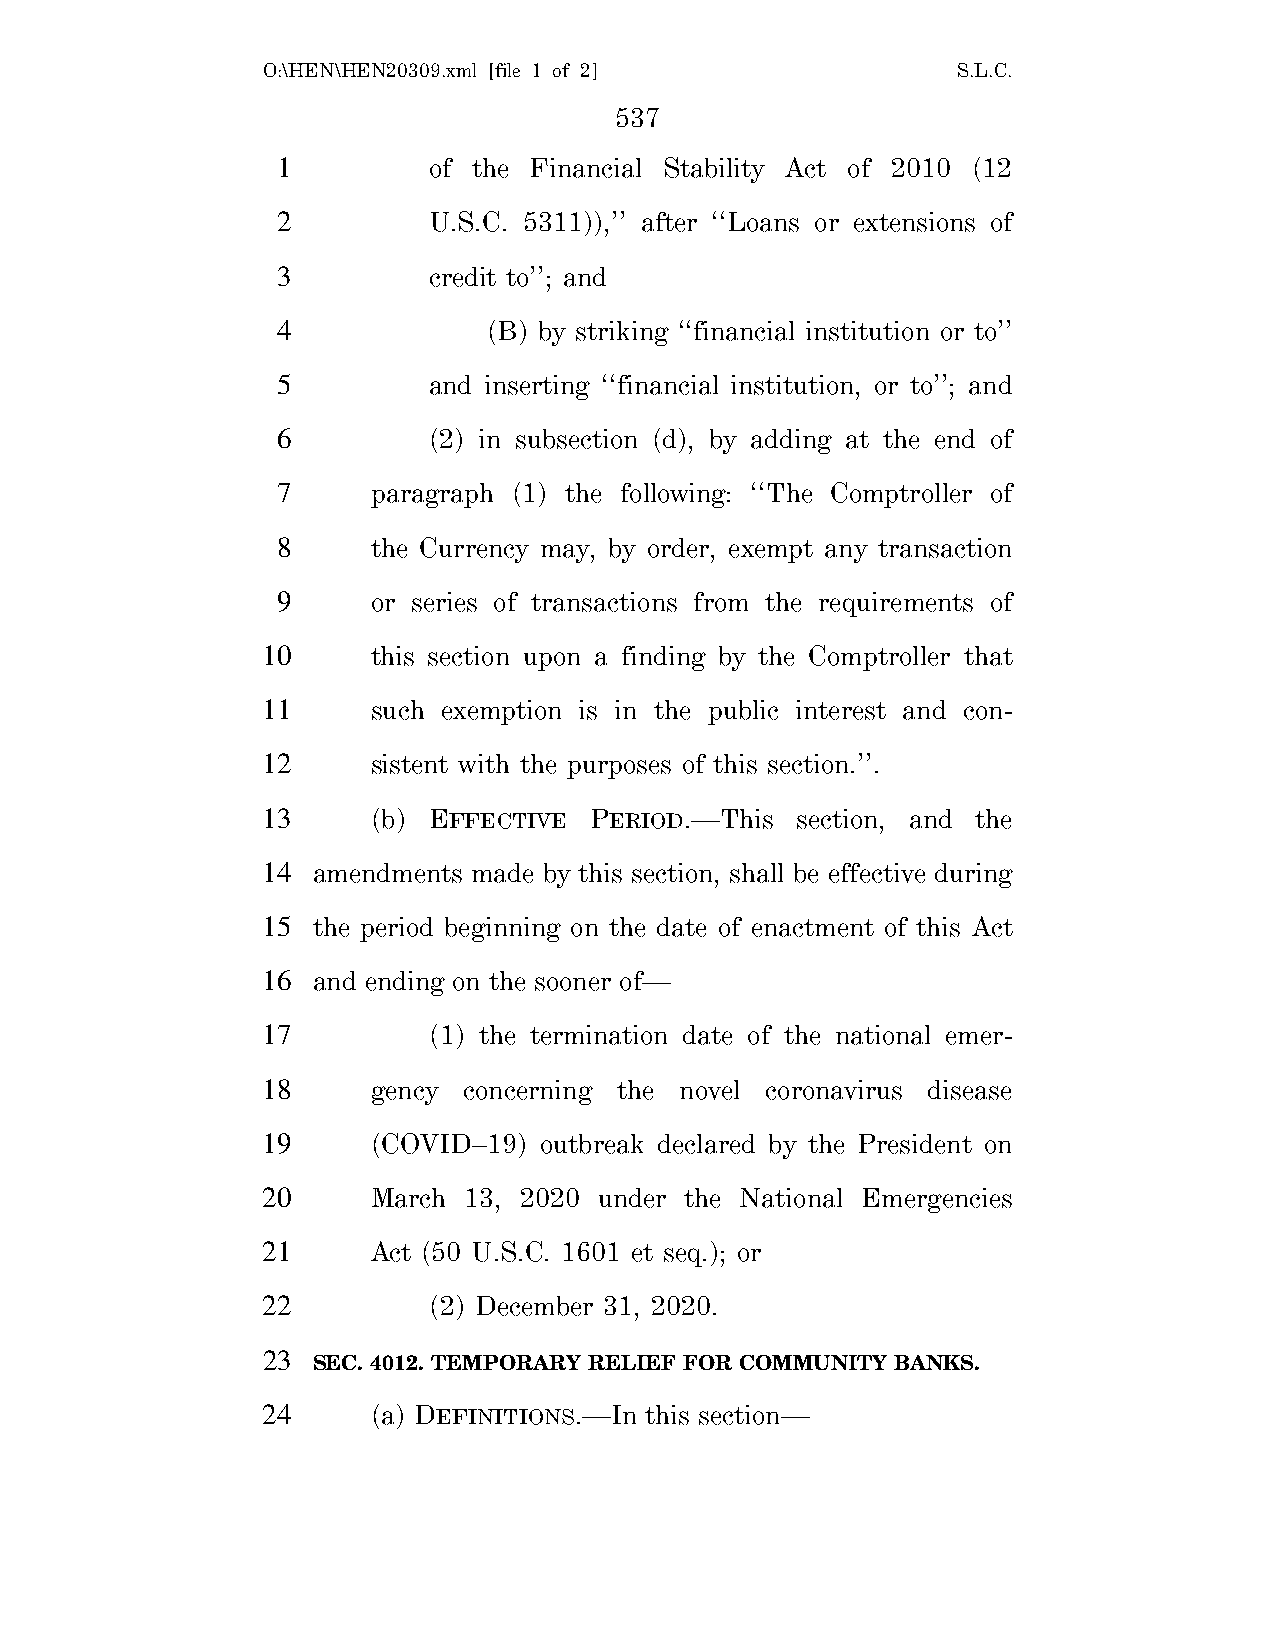
O:\HEN\HEN20309.xml [file 1 of 2]             S.L.C.
 537
 1         of the Financial Stability Act of 2010 (12
 2         U.S.C. 5311)),’’ after ‘‘Loans or extensions of
 3         credit to’’; and
 4             (B) by striking ‘‘financial institution or to’’
 5         and inserting ‘‘financial institution, or to’’; and
 6         (2) in subsection (d), by adding at the end of
 7      paragraph (1) the following: ‘‘The Comptroller of
 8      the Currency may, by order, exempt any transaction
 9      or series of transactions from the requirements of
 10      this section upon a finding by the Comptroller that
 11      such exemption is in the public interest and con-
 12      sistent with the purposes of this section.’’.
 13      (b) EFFECTIVE PERIOD.—This  section, and the
 14  amendments made by this section, shall be effective during
 15  the period beginning on the date of enactment of this Act
 16  and ending on the sooner of—
 17         (1) the termination date of the national emer-
 18      gency concerning the novel coronavirus disease
 19      (COVID–19) outbreak declared by the President on
 20      March 13, 2020 under the National Emergencies
 21      Act (50 U.S.C. 1601 et seq.); or
 22         (2) December 31, 2020.
 23
 SEC. 4012. TEMPORARY RELIEF FOR COMMUNITY BANKS.
 24      (a) DEFINITIONS.—In this section—